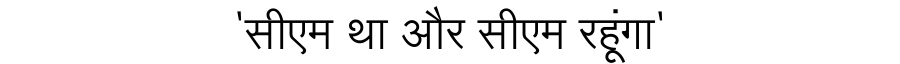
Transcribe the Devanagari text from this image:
'सीएम था और सीएम रहूंगा'